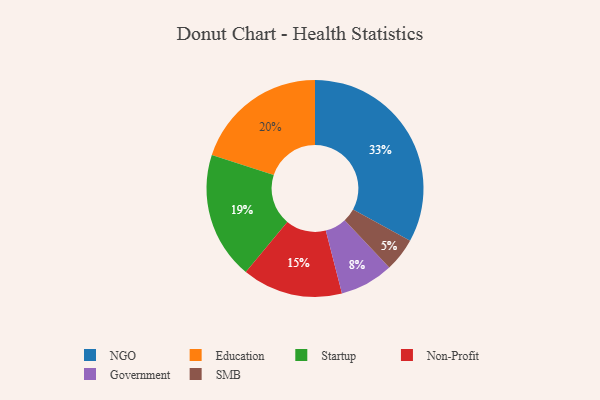
{"axis": {"x": "Category", "y": "Percentage"}, "legend": ["Education", "Government", "NGO", "Non-Profit", "SMB", "Startup"], "data": [{"x": "NGO", "y": 33, "type": "NGO"}, {"x": "Startup", "y": 19, "type": "Startup"}, {"x": "Non-Profit", "y": 15, "type": "Non-Profit"}, {"x": "SMB", "y": 5, "type": "SMB"}, {"x": "Government", "y": 8, "type": "Government"}, {"x": "Education", "y": 20, "type": "Education"}]}